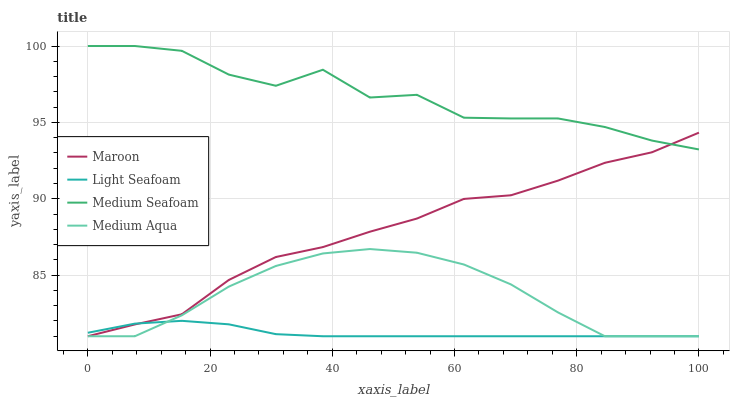
| xaxis_label | Maroon | Light Seafoam | Medium Seafoam | Medium Aqua |
 | --- | --- | --- | --- | --- |
 | 0 | 81 | 81.2 | 100 | 81 |
 | 7.69 | 81.8 | 81.8 | 100 | 81 |
 | 15.4 | 82.4 | 82 | 99.7 | 82.4 |
 | 23.1 | 84.7 | 81.8 | 98.1 | 84.3 |
 | 30.8 | 86.2 | 81.1 | 97.4 | 85.6 |
 | 38.5 | 86.8 | 81 | 98.4 | 86.4 |
 | 46.2 | 87.8 | 81 | 96.6 | 86.7 |
 | 53.8 | 88.7 | 81 | 96.8 | 86.5 |
 | 61.5 | 90 | 81 | 95.3 | 85.7 |
 | 69.2 | 90.2 | 81 | 95.3 | 84.4 |
 | 76.9 | 91.2 | 81 | 95.3 | 82.6 |
 | 84.6 | 92.4 | 81 | 94.7 | 81 |
 | 92.3 | 93 | 81 | 93.8 | 81 |
 | 100 | 94.3 | 81 | 93.2 | 81 |